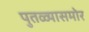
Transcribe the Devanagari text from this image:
पुतळ्यासमोर